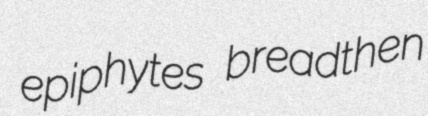
epiphytes breadthen